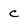
Character: C